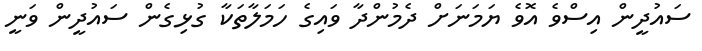
ސައުދީން އިސްވެ އޮވެ ޔަމަނަށް ދެމުންދާ ވައިގެ ހަމަލާތަކާ ގުޅިގެން ސައުދީން ވަނީ